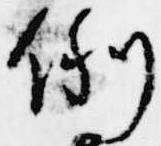
例